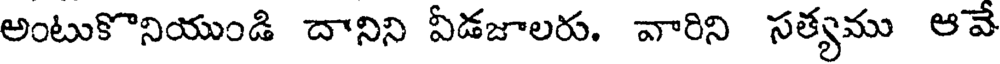
అంటుకొనియుండి దానిని వీడజాలరు. వారిని సత్యము ఆవే